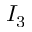
I _ { 3 }